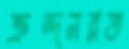
ক্রন্দনরত